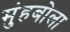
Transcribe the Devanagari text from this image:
मुंहबोला